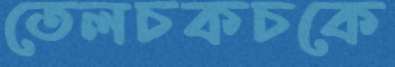
তেলচকচকে